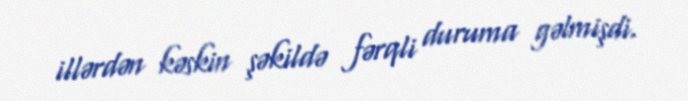
illərdən kəskin şəkildə fərqli duruma gəlmişdi.